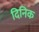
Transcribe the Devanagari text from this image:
दिनिक